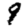
Digit: 9